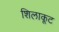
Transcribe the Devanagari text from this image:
शिलाकूट